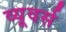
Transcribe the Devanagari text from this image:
व्यूवर्स